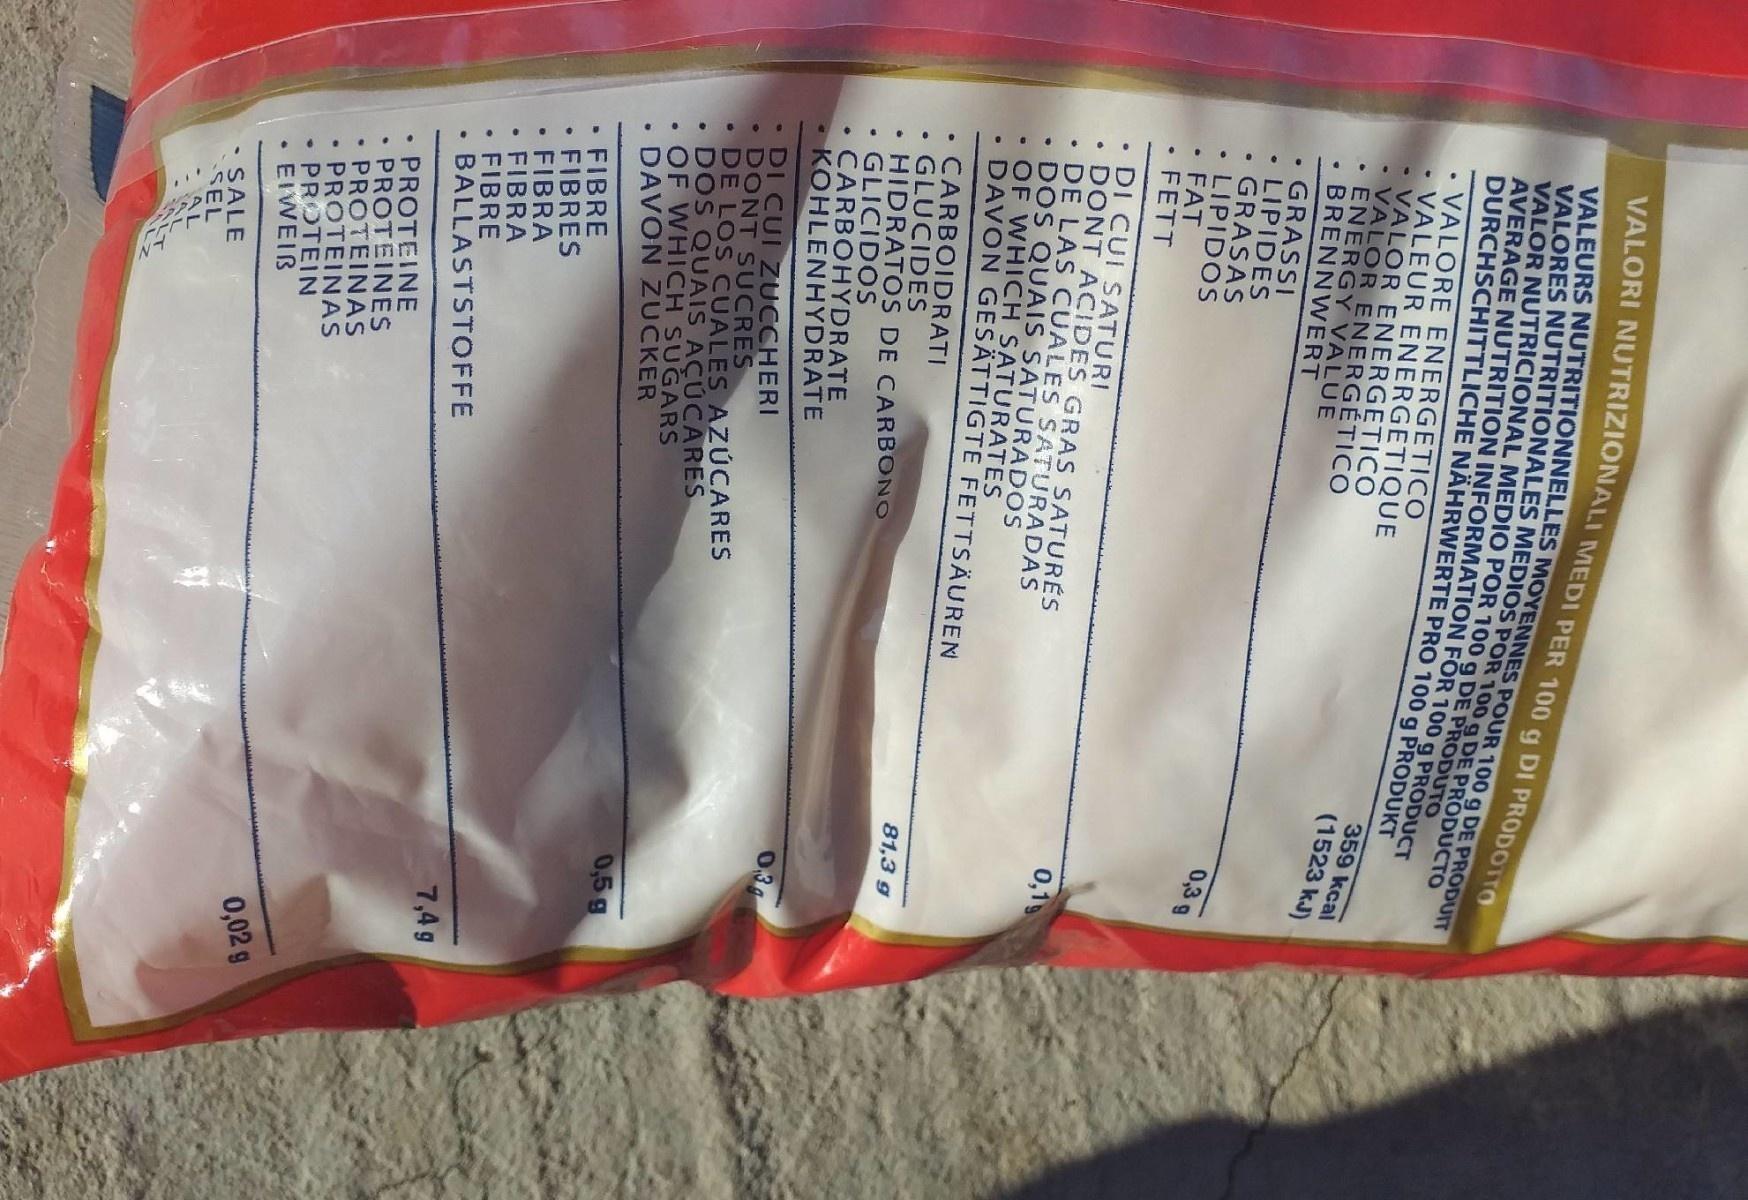
VALORI NUTRIZIONALI MEDI PER 100 g DI PRODOTTO
VALEURS NUTRITIONNELLES MOYENNES POUR 100 g DE PRODUIT VALORES NUTRITIONALES MEDIOS POR 100 g DE PRODUCTO VALOR NUTRICIONAL MEDIO POR 100 g DE PRODUTO AVERAGE NUTRITION INFORMATION FOR 100 g PRODUCT DURCHSCHITTLICHE NÄHRWERTE PRO 100 g PRODUKT
VALORE ENERGETICO VALEUR ENERGETIQUE - VALOR ENERGETICO •VALOR ENERGÉTICO ENERGY VALUE BRENNWERT
359 kcal (1523 kJ)
• GRASSI • LIPIDES GRASAS LIPIDOS FAT FETT
0,3g
DI CUI SATURI DONT ACIDES GRAS SATURÉS • DE LAS CUALES SATURADAS DOS QUAIS SATURADOS • OF WHICH SATURATES DAVON GESÄTTIGTE FETTSÄUREN
0,1
• CARBOIDRATI GLUCIDES HIDRATOS DE CARBONO GLICIDOS CARBOHYDRATE • KOHLENHYDRATE
81,3 g
0.3
• DI CUI ZUCCHERI DONT SUCRES • DE LOS CUALES AZÚCARES DOS QUAIS ACUCARES OF WHICH SUGARS DAVON ZUCKER
0,5 g
FIBRE FIBRES FIBRA FIBRA FIBRE BALLASTSTOFFE
7,4g
PROTEINE PROTEINES PROTEINAS PROTEINAS • PROTEIN • EIWEIB
0,02 g
• SALE SEL AL